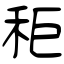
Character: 秬